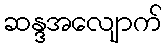
ဆန္ဒအလျောက်